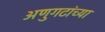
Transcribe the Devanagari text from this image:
अणुगटांच्या